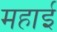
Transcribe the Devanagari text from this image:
महाई